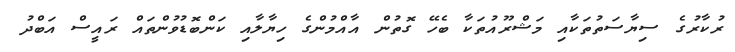
ރުކާރުގެ ސިޔާސަތުތަކާއި މަޝްރޫއުތަކާ ބެހޭ ގޮތުން އާއްމުންގެ ހިޔާލާއި ކަންބޮޑުވުންތައް ރައީސް އަބްދު